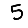
Digit: 5